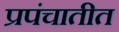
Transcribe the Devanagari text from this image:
प्रपंचातीत